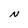
Character: N